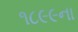
૧૮૯૯ના